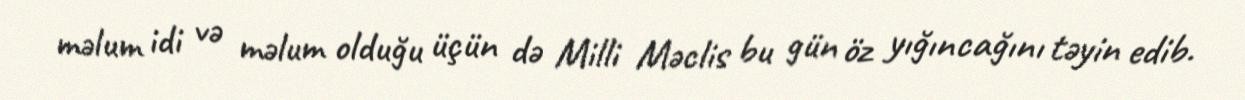
məlum idi və məlum olduğu üçün də Milli Məclis bu gün öz yığıncağını təyin edib.